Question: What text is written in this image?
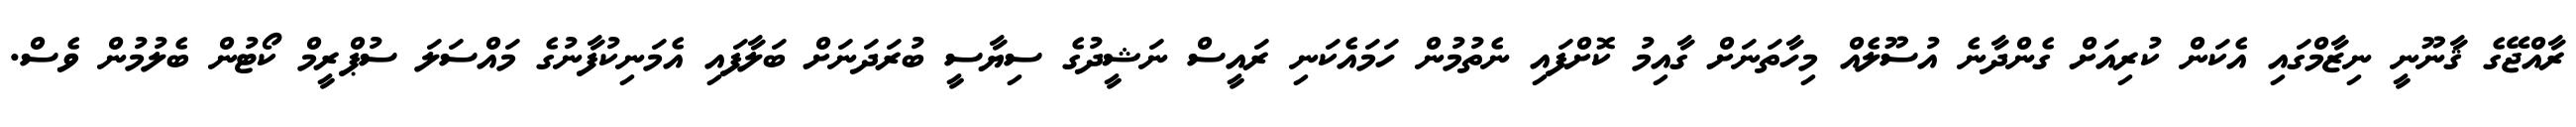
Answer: ރާއްޖޭގެ ޤާނޫނީ ނިޒާމްގައި އެކަން ކުރިއަށް ގެންދާނެ އުސޫލެއް މިހާތަނަށް ގާއިމު ކޮށްފައި ނެތުމުން ހަމައެކަނި ރައީސް ނަޝީދުގެ ސިޔާސީ ބުރަދަނަށް ބަލާފައި އެމަނިކުފާނުގެ މައްސަލަ ސުޕްރީމް ކޯޓުން ބެލުމުން ވެސް.